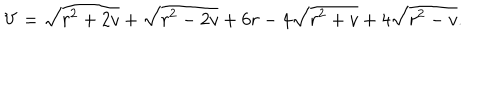
V = \sqrt { r ^ { 2 } + 2 v } + \sqrt { r ^ { 2 } - 2 v } + 6 r - 4 \sqrt { r ^ { 2 } + v } + 4 \sqrt { r ^ { 2 } - v } .